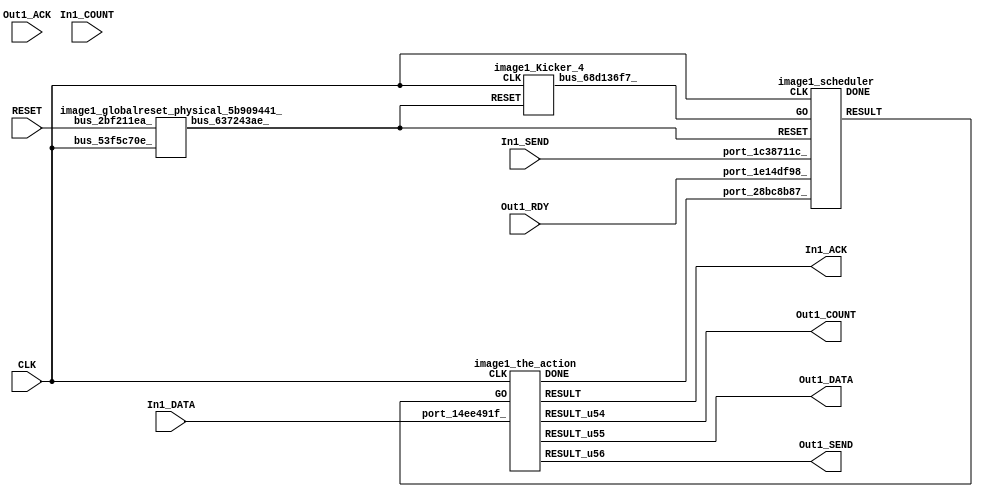
// __  ___ __ ___  _ __   ___  ___ 
// \ \/ / '__/ _ \| '_ \ / _ \/ __|
//  >  <| | | (_) | | | | (_) \__ \
// /_/\_\_|  \___/|_| |_|\___/|___/
// 
// Xronos synthesizer version
// Run date: Sat 15 Jul 2017 12:59:07 +0100
// 

module image1(In1_DATA, Out1_DATA, Out1_SEND, Out1_RDY, In1_ACK, In1_COUNT, Out1_COUNT, CLK, Out1_ACK, RESET, In1_SEND);
input	[7:0]	In1_DATA;
output	[7:0]	Out1_DATA;
output		Out1_SEND;
input		Out1_RDY;
output		In1_ACK;
input	[15:0]	In1_COUNT;
output	[15:0]	Out1_COUNT;
input		CLK;
input		Out1_ACK;
wire		the_action_done;
input		RESET;
input		In1_SEND;
wire		the_action_go;
wire		bus_68d136f7_;
wire		bus_743c7ad4_;
wire		image1_scheduler_instance_DONE;
wire		scheduler;
wire		bus_637243ae_;
wire		the_action_u8;
wire	[7:0]	the_action_u7;
wire		the_action;
wire	[15:0]	the_action_u6;
wire		image1_the_action_instance_DONE;
assign Out1_DATA=the_action_u7;
assign Out1_SEND=the_action_u8;
assign In1_ACK=the_action;
assign Out1_COUNT=the_action_u6;
assign the_action_done=bus_743c7ad4_;
assign the_action_go=scheduler;
image1_Kicker_4 image1_Kicker_4_1(.CLK(CLK), .RESET(bus_637243ae_), .bus_68d136f7_(bus_68d136f7_));
assign bus_743c7ad4_=image1_the_action_instance_DONE&{1{image1_the_action_instance_DONE}};
image1_scheduler image1_scheduler_instance(.CLK(CLK), .RESET(bus_637243ae_), .GO(bus_68d136f7_), 
  .port_28bc8b87_(the_action_done), .port_1c38711c_(In1_SEND), .port_1e14df98_(Out1_RDY), 
  .DONE(image1_scheduler_instance_DONE), .RESULT(scheduler));
image1_globalreset_physical_5b909441_ image1_globalreset_physical_5b909441__1(.bus_53f5c70e_(CLK), 
  .bus_2bf211ea_(RESET), .bus_637243ae_(bus_637243ae_));
image1_the_action image1_the_action_instance(.CLK(CLK), .GO(the_action_go), .port_14ee491f_(In1_DATA), 
  .DONE(image1_the_action_instance_DONE), .RESULT(the_action), .RESULT_u54(the_action_u6), 
  .RESULT_u55(the_action_u7), .RESULT_u56(the_action_u8));
endmodule



module image1_Kicker_4(CLK, RESET, bus_68d136f7_);
input		CLK;
input		RESET;
output		bus_68d136f7_;
wire		bus_4c70fe8d_;
reg		kicker_res=1'h0;
wire		bus_3f4b31d7_;
reg		kicker_2=1'h0;
wire		bus_34236432_;
reg		kicker_1=1'h0;
wire		bus_24d23d26_;
assign bus_4c70fe8d_=kicker_1&bus_34236432_&bus_3f4b31d7_;
always @(posedge CLK)
begin
kicker_res<=bus_4c70fe8d_;
end
assign bus_68d136f7_=kicker_res;
assign bus_3f4b31d7_=~kicker_2;
always @(posedge CLK)
begin
kicker_2<=bus_24d23d26_;
end
assign bus_34236432_=~RESET;
always @(posedge CLK)
begin
kicker_1<=bus_34236432_;
end
assign bus_24d23d26_=bus_34236432_&kicker_1;
endmodule



module image1_scheduler(CLK, RESET, GO, port_28bc8b87_, port_1c38711c_, port_1e14df98_, DONE, RESULT);
input		CLK;
input		RESET;
input		GO;
input		port_28bc8b87_;
input		port_1c38711c_;
input		port_1e14df98_;
output		DONE;
output		RESULT;
wire		and_u81_u0;
wire		not_u18_u0;
wire		and_u82_u0;
wire		and_u83_u0;
wire		and_u84_u0;
wire		not_u19_u0;
wire		and_u85_u0;
wire		simplePinWrite;
wire		and_u86_u0;
wire		and_u87_u0;
reg		loopControl_u3=1'h0;
wire		or_u15_u0;
assign and_u81_u0=or_u15_u0&or_u15_u0;
assign not_u18_u0=~port_1c38711c_;
assign and_u82_u0=and_u81_u0&not_u18_u0;
assign and_u83_u0=and_u81_u0&port_1c38711c_;
assign and_u84_u0=and_u87_u0&port_1e14df98_;
assign not_u19_u0=~port_1e14df98_;
assign and_u85_u0=and_u87_u0&not_u19_u0;
assign simplePinWrite=and_u86_u0&{1{and_u86_u0}};
assign and_u86_u0=and_u84_u0&and_u87_u0;
assign and_u87_u0=and_u83_u0&and_u81_u0;
always @(posedge CLK or posedge RESET)
begin
if (RESET)
loopControl_u3<=1'h0;
else loopControl_u3<=and_u81_u0;
end
assign or_u15_u0=GO|loopControl_u3;
assign DONE=1'h0;
assign RESULT=simplePinWrite;
endmodule



module image1_globalreset_physical_5b909441_(bus_53f5c70e_, bus_2bf211ea_, bus_637243ae_);
input		bus_53f5c70e_;
input		bus_2bf211ea_;
output		bus_637243ae_;
wire		not_5fec823c_u0;
reg		final_u4=1'h1;
wire		or_09ed709c_u0;
reg		glitch_u4=1'h0;
wire		and_22f9c6dc_u0;
reg		cross_u4=1'h0;
reg		sample_u4=1'h0;
assign bus_637243ae_=or_09ed709c_u0;
assign not_5fec823c_u0=~and_22f9c6dc_u0;
always @(posedge bus_53f5c70e_)
begin
final_u4<=not_5fec823c_u0;
end
assign or_09ed709c_u0=bus_2bf211ea_|final_u4;
always @(posedge bus_53f5c70e_)
begin
glitch_u4<=cross_u4;
end
assign and_22f9c6dc_u0=cross_u4&glitch_u4;
always @(posedge bus_53f5c70e_)
begin
cross_u4<=sample_u4;
end
always @(posedge bus_53f5c70e_)
begin
sample_u4<=1'h1;
end
endmodule



module image1_the_action(CLK, GO, port_14ee491f_, DONE, RESULT, RESULT_u54, RESULT_u55, RESULT_u56);
input		CLK;
input		GO;
input	[7:0]	port_14ee491f_;
output		DONE;
output		RESULT;
output	[15:0]	RESULT_u54;
output	[7:0]	RESULT_u55;
output		RESULT_u56;
wire		simplePinWrite;
wire	[7:0]	simplePinWrite_u19;
wire	[15:0]	simplePinWrite_u20;
wire		simplePinWrite_u21;
assign simplePinWrite=GO&{1{GO}};
assign simplePinWrite_u19=port_14ee491f_;
assign simplePinWrite_u20=16'h1&{16{1'h1}};
assign simplePinWrite_u21=GO&{1{GO}};
assign DONE=GO;
assign RESULT=simplePinWrite;
assign RESULT_u54=simplePinWrite_u20;
assign RESULT_u55=simplePinWrite_u19;
assign RESULT_u56=simplePinWrite_u21;
endmodule